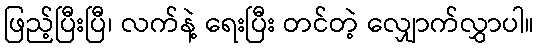
ဖြည့်ပြီးပြီ၊ လက်နဲ့ ရေးပြီး တင်တဲ့ လျှောက်လွှာပါ။